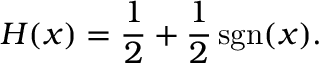
H ( x ) = { \frac { 1 } { 2 } } + { \frac { 1 } { 2 } } \operatorname { s g n } ( x ) .